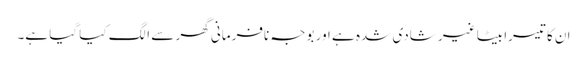
ان کا تیسرا بیٹا غیر شادی شدہ ہے اور بوجہ نافرمانی گھر سے الگ کیا گیا ہے۔